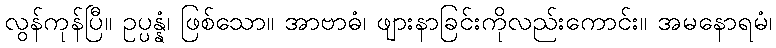
လွန်ကုန်ပြီ။ ဥပ္ပန္နံ၊ ဖြစ်သော။ အာဗာဓံ၊ ဖျားနာခြင်းကိုလည်းကောင်း။ အမနောရမံ၊